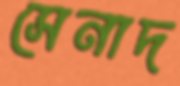
সেনাদ